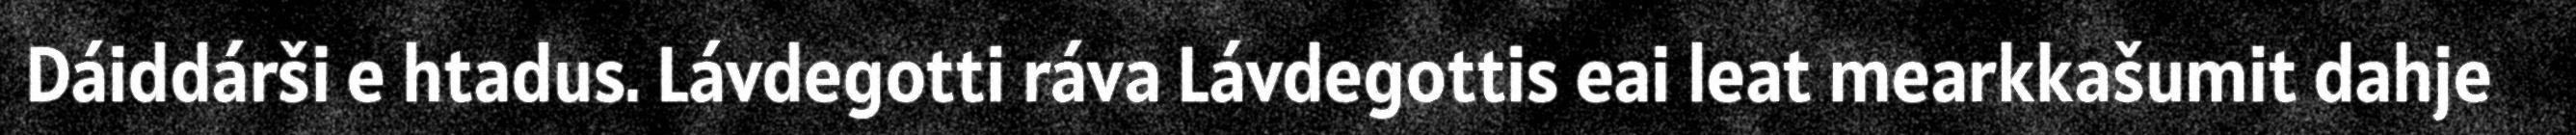
Dáiddárši e htadus. Lávdegotti ráva Lávdegottis eai leat mearkkašumit dahje